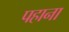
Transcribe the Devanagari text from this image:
पहाना